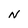
Character: N